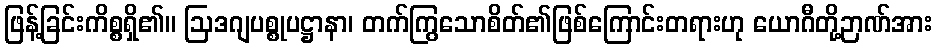
ဖြန့်ခြင်းကိစ္စရှိ၏။ ဩဒဂျပစ္စုပဋ္ဌာနာ၊ တက်ကြွသောစိတ်၏ဖြစ်ကြောင်းတရားဟု ယောဂီတို့ဉာဏ်အား